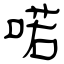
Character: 喏